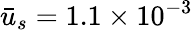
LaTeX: \bar{u}_{s}=1.1\times{10^{-3}}